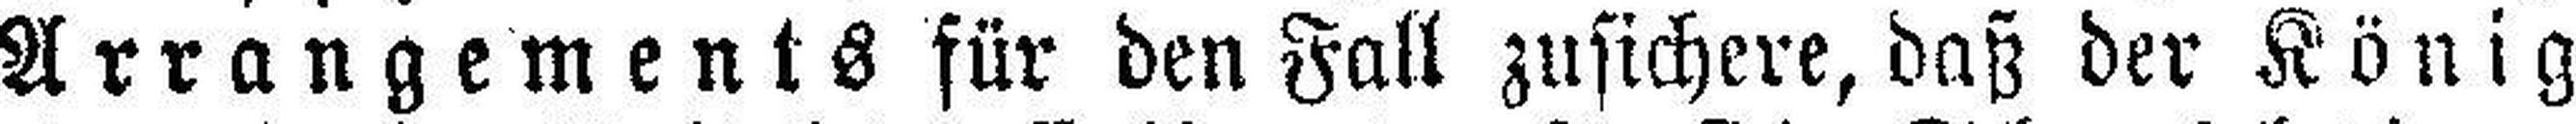
Arrangements für den Fall zusichere, daß der König